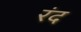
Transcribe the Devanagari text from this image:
रंद